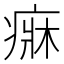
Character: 𤷲